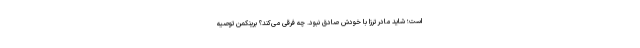
است؛ شاید مادر ترزا با خودش صادق نبود. چه فرقی می‌کند؟ برینکمن توصیه